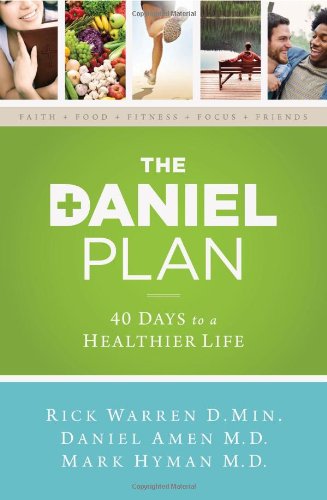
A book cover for The Daniel Plan: 40 Days to a Healthier Life; Rick Warren; Health, Fitness & Dieting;